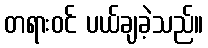
တရားဝင် ပယ်ချခဲ့သည်။